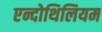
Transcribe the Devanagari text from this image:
एन्दोथिलियम